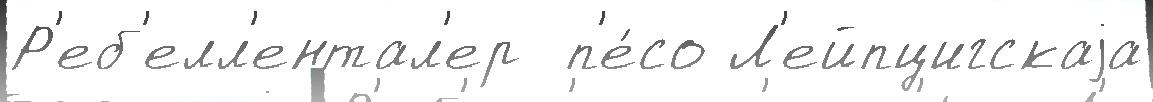
Р'еб'елл'ентал'ер  п'е́со Л'ейпцигскаjа